Report on lock hospitals in British Burma
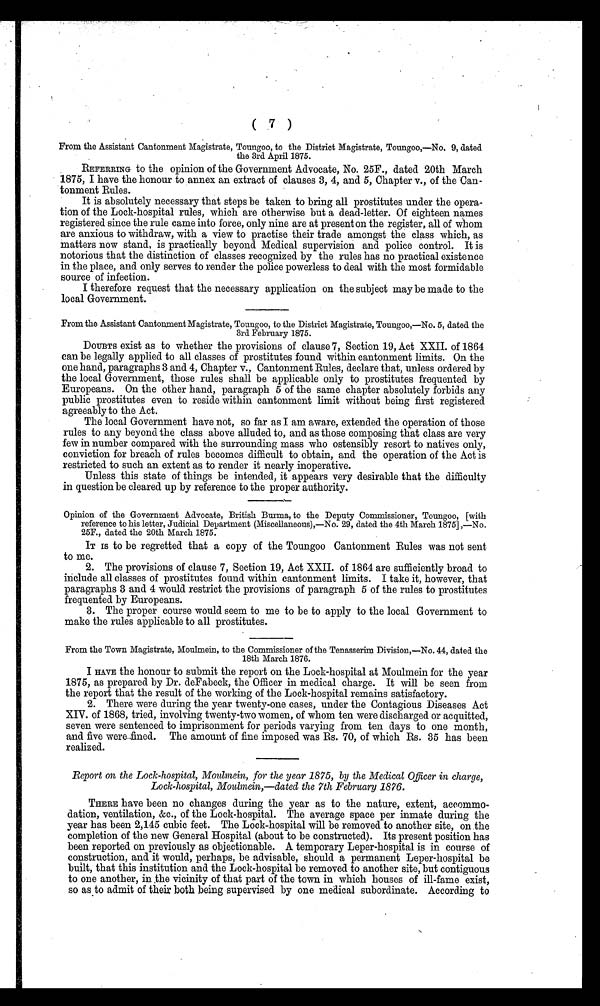
( 7 )
From the Assistant Cantonment Magistrate, Toungoo, to the District Magistrate, Toungoo,—No. 9, dated
the 3rd April 1875.
REFERRING to the opinion of the Government Advocate, No. 25F., dated 20th March
1875, I have the honour to annex an extract of clauses 3, 4, and 5, Chapter v., of the Can-
tonment Rules.
It is absolutely necessary that steps be taken to bring all prostitutes under the opera-
tion of the Lock-hospital rules, which are otherwise but a dead-letter. Of eighteen names
registered since the rule came into force, only nine are at present on the register, all of whom
are anxious to withdraw, with a view to practise their trade amongst the class which, as
matters now stand, is practically beyond Medical supervision and police control. It is
notorious that the distinction of classes recognized by the rules has no practical existence
in the place, and only serves to render the police powerless to deal with the most formidable
source of infection.
I therefore request that the necessary application on the subject may be made to the
local Government.
From the Assistant Cantonment Magistrate, Toungoo, to the District Magistrate, Toungoo,—No. 5, dated the
3rd Februar y 1875.
DOUBTS exist as to whether the provisions of clause 7, Section 19, Act XXII. of 1864
can be legally applied to all classes of prostitutes found within cantonment limits. On the
one hand, paragraphs 3 and 4, Chapter v., Cantonment Rules, declare that, unless ordered by
the local Government, those rules shall be applicable only to prostitutes frequented by
Europeans. On the other hand, paragraph 5 of the same chapter absolutely forbids any
public prostitutes even to reside within cantonment limit without being first registered
agreeably to the Act.
The local Government have not, so far as I am aware, extended the operation of those
rules to any beyond the class above alluded to, and as those composing that class are very
few in number compared with the surrounding mass who ostensibly resort to natives only,
conviction for breach of rules becomes difficult to obtain, and the operation of the Act is
restricted to such an extent as to render it nearly inoperative.
Unless this state of things be intended, it appears very desirable that the difficulty
in question be cleared up by reference to the proper authority.
Opinion of the Government Advocate, British Burma, to the Deputy Commissioner, Toungoo, [with
reference to his letter, Judicial Department (Miscellaneous),—No. 29, dated the 4th March 1875] ,—No.
25F., dated the 20th March 1875.
IT IS to be regretted that a copy of the Toungoo Cantonment Rules was not sent
to me.
2. The provisions of clause 7, Section 19, Act XXII. of 1864 are sufficiently broad to
include all classes of prostitutes found within cantonment limits. I take it, however, that
paragraphs 3 and 4 would restrict the provisions of paragraph 5 of the rules to prostitutes
frequented by Europeans.
3. The proper course would seem to me to be to apply to the local Government to
make the rules applicable to all prostitutes.
From the Town Magistrate, Moulmein, to the Commissioner of the Tenasserim Division,—No. 44, dated the
18th March 1876.
I HAVE the honour to submit the report on the Lock-hospital at Moulmein for the year
1875, as prepared by Dr. deFabeck, the Officer in medical charge. It will be seen from
the report that the result of the working of the Lock-hospital remains satisfactory.
2. There were during the year twenty-one cases, under the Contagious Diseases Act
XIV. of 1868, tried, involving twenty-two women, of whom ten were discharged or acquitted,
seven were sentenced to imprisonment for periods varying from ten days to one month,
and five were .fined. The amount of fine imposed was Rs. 70, of which Rs. 35 has been
realized.
Report on the Lock-hospital, Moulmein, for the year 1875, by the Medical Officer in charge,
Lock-hospital, Moulmein,—dated the 7th February 1876.
THERE have been no changes during the year as to the nature, extent, accommo-
dation, ventilation, &c., of the Lock-hospital. The average space per inmate during the
year has been 2,145 cubic feet. The Lock-hospital will be removed to another site, on the
completion of the new General Hospital (about to be constructed). Its present position has
been reported on previously as objectionable. A temporary Leper-hospital is in course of
construction, and it would, perhaps, be advisable, should a permanent Leper-hospital be
built, that this institution and the Lock-hospital be removed to another site, but contiguous
to one another, in ,the vicinity of that part of the town in which houses of ill-fame exist,
so as to admit of their both being supervised by one medical subordinate. According to